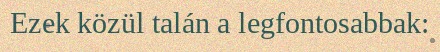
Ezek közül talán a legfontosabbak: